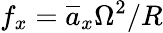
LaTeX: f_{x}=\overline{{a}}_{x}\Omega^{2}/R